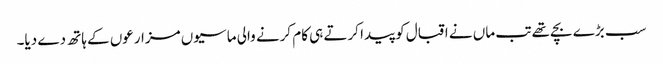
سب بڑے بچے تھے تب ماں نے اقبال کو پیدا کرتے ہی کام کرنے والی ماسیوں مزارعوں کے ہاتھ دے دیا۔